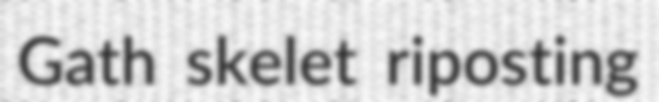
Gath skelet riposting